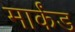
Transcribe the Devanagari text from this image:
मार्कंड